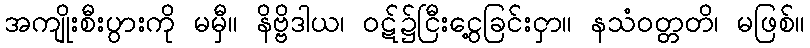
အကျိုးစီးပွားကို မမှီ။ နိဗ္ဗိဒါယ၊ ဝဋ်၌ငြီးငွေ့ခြင်းငှာ။ နသံဝတ္တတိ၊ မဖြစ်။